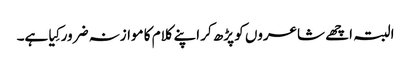
البتہ اچھے شاعروں کو پڑھ کر اپنے کلام کا موازنہ ضرور کِیا ہے۔